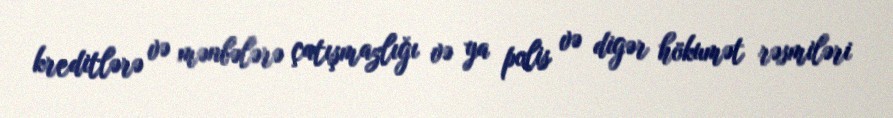
kreditlərə və mənbələrə çatışmazlığı və ya polis və digər hökumət rəsmiləri